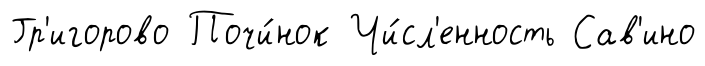
Гр'игорово Почи́нок Чи́сл'енность Сав'ино